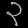
Digit: ၃